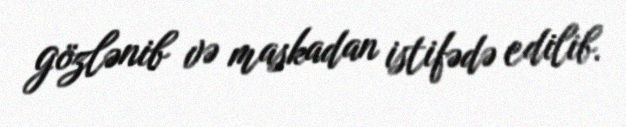
gözlənib və maskadan istifədə edilib.